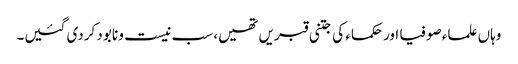
وہاں علماء صوفیا اور حکماء کی جتنی قبریں تھیں، سب نیست و نابود کردی گئیں۔